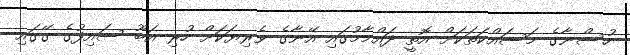
ހުސްނާގެ މަސައްކަތަކަށް އޮތީ ދައްމާމުގައި އޭނާގެ ވެރިޔަކަށް ހުރި އަބޫ ސައިފުގެ ގޭގައި